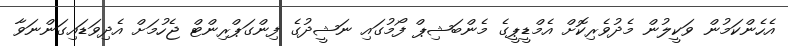
އެހެންކަމުން ވަކީލުން މެދުވެރިކޮށް އެމްޑީޕީގެ މެންބަޝިޕް ފޯމުގައި ނަޝީދުގެ ފިންގަޕްރިންޓް ޖެހުމަށް އެދިވަޑައިގަންނަވާ